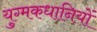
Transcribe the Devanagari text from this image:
युग्मकधानियों